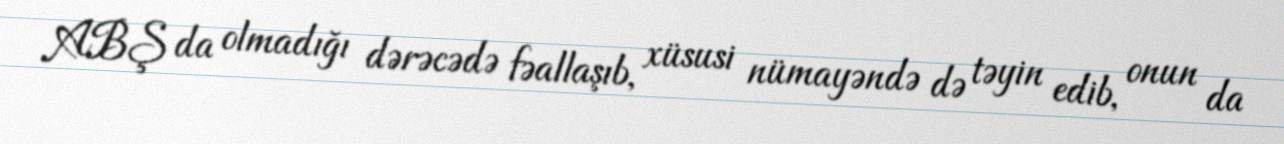
ABŞ da olmadığı dərəcədə fəallaşıb, xüsusi nümayəndə də təyin edib, onun da